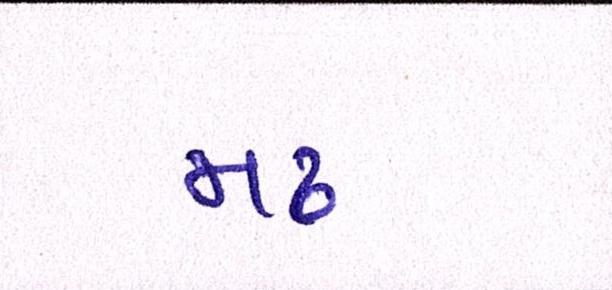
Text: મઢ